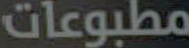
مطبوعات